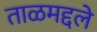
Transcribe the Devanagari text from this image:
ताळमद्दले